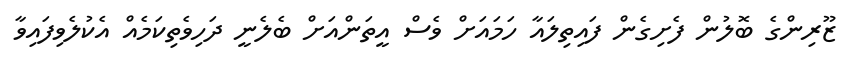
ޒޫރިންގެ ބޮލުން ފެށިގެން ފައިތިލައާ ހަމައަށް ވެސް އީތަންއަށް ބެލެނީ ދަހިވެތިކަމެއް އެކުލެވިފައިވާ